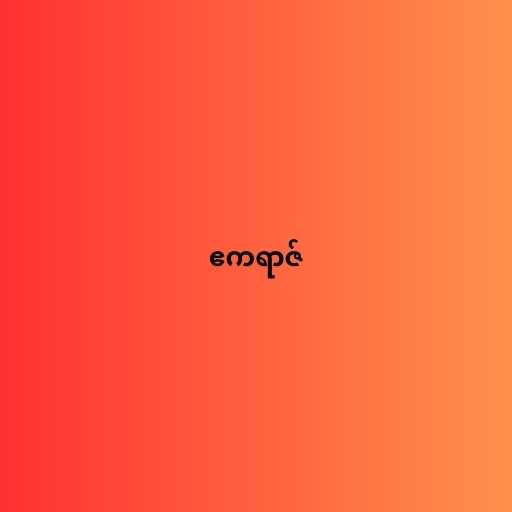
ဧကရာဇ်